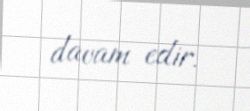
davam edir.